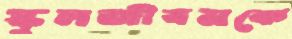
স্কুলজীবনকে